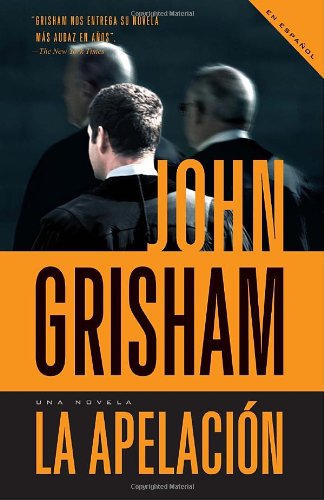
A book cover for La apelaciÃ³n (Spanish Edition); John Grisham; Mystery, Thriller & Suspense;